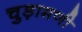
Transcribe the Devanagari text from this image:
चुड़ामणी